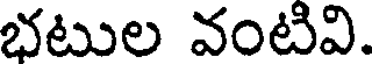
భటుల వంటివి.